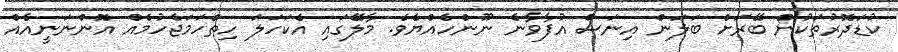
ކުޑަދޮރުތަކުން ބޭރަށް ބަލަން އިނަސް އުފާވާނެ ނޫންހެއްޔެވެ. މާލޭގައި އެކަހަލަ ހިތްހަމަޖެހުމެއް އޮންނަނީއެއް